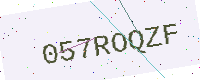
Text: 057ROQZF